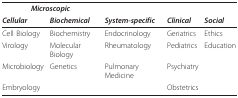
<table><thead><tr><td colspan="2"><b><i>Microscopic</i></b></td><td></td><td></td><td></td></tr><tr><td><b><i>Cellular</i></b></td><td><b><i>Biochemical</i></b></td><td><b><i>System-specific</i></b></td><td><b><i>Clinical</i></b></td><td><b><i>Social</i></b></td></tr></thead><tbody><tr><td>Cell Biology</td><td>Biochemistry</td><td>Endocrinology</td><td>Geriatrics</td><td>Ethics</td></tr><tr><td>Virology</td><td>Molecular Biology</td><td>Rheumatology</td><td>Pediatrics</td><td>Education</td></tr><tr><td>Microbiology</td><td>Genetics</td><td>Pulmonary Medicine</td><td>Psychiatry</td><td></td></tr><tr><td>Embryology</td><td></td><td></td><td>Obstetrics</td><td></td></tr></tbody></table>